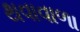
થવાવાળા